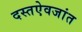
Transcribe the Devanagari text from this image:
दस्तऐवजांत